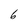
Character: 6